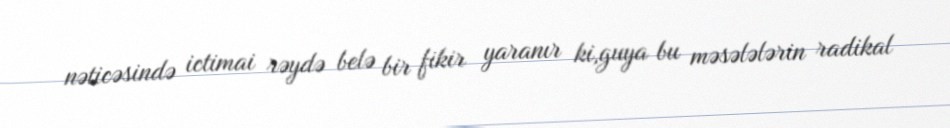
nəticəsində ictimai rəydə belə bir fikir yaranır ki,guya bu məsələlərin radikal